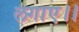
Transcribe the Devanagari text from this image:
लगाए।।